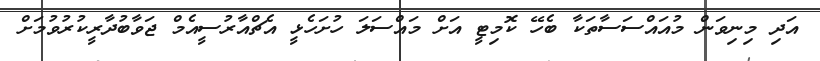
އަދި މިނިވަން މުއައްސަސާތަކާ ބެހޭ ކޮމިޓީ އަށް މައްސަލަ ހުށަހެޅީ އެޗްއާރުސީއެމް ޖަވާބުދާރީކުރުވުމަށް